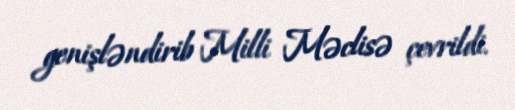
genişləndirib Milli Məclisə çevrildi.